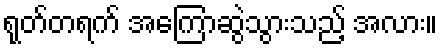
ရုတ်တရက် အကြောဆွဲသွားသည့် အလား။